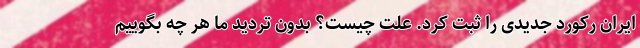
ایران رکورد جدیدی را ثبت کرد. علت چیست؟ بدون تردید ما هر چه بگوییم